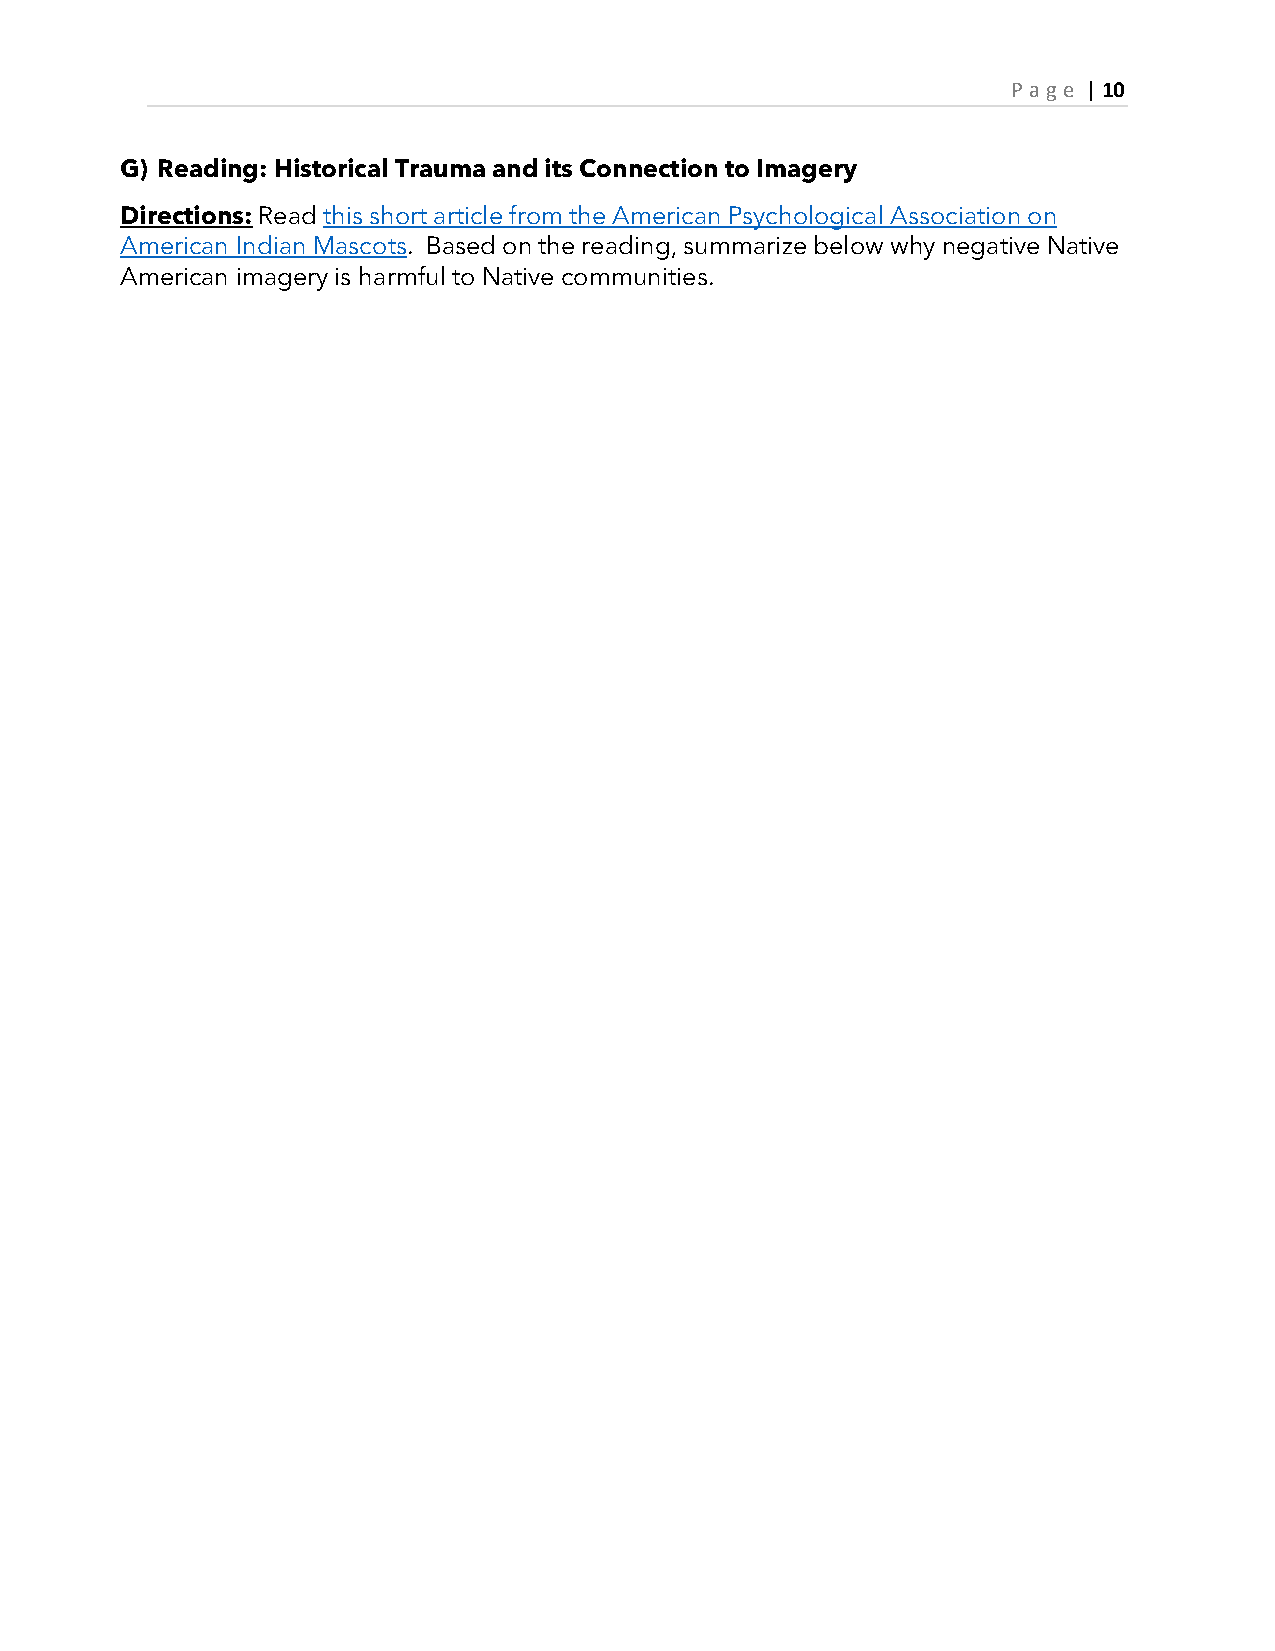
P age | 10
 G) Reading: Historical Trauma and its Connection to Imagery
 Directions: Read this short article from the American Psychological Association on
 American Indian Mascots. Based on the reading, summarize below why negative Native
 American imagery is harmful to Native communities.